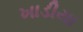
ખાડીયા